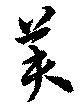
芙